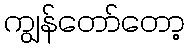
ကျွန်တော်တော့